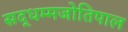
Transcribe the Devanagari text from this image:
सद्धम्मजोतिपाल